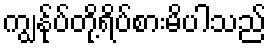
ကျွနု်ပ်တို့ရိပ်စားမိပါသည်